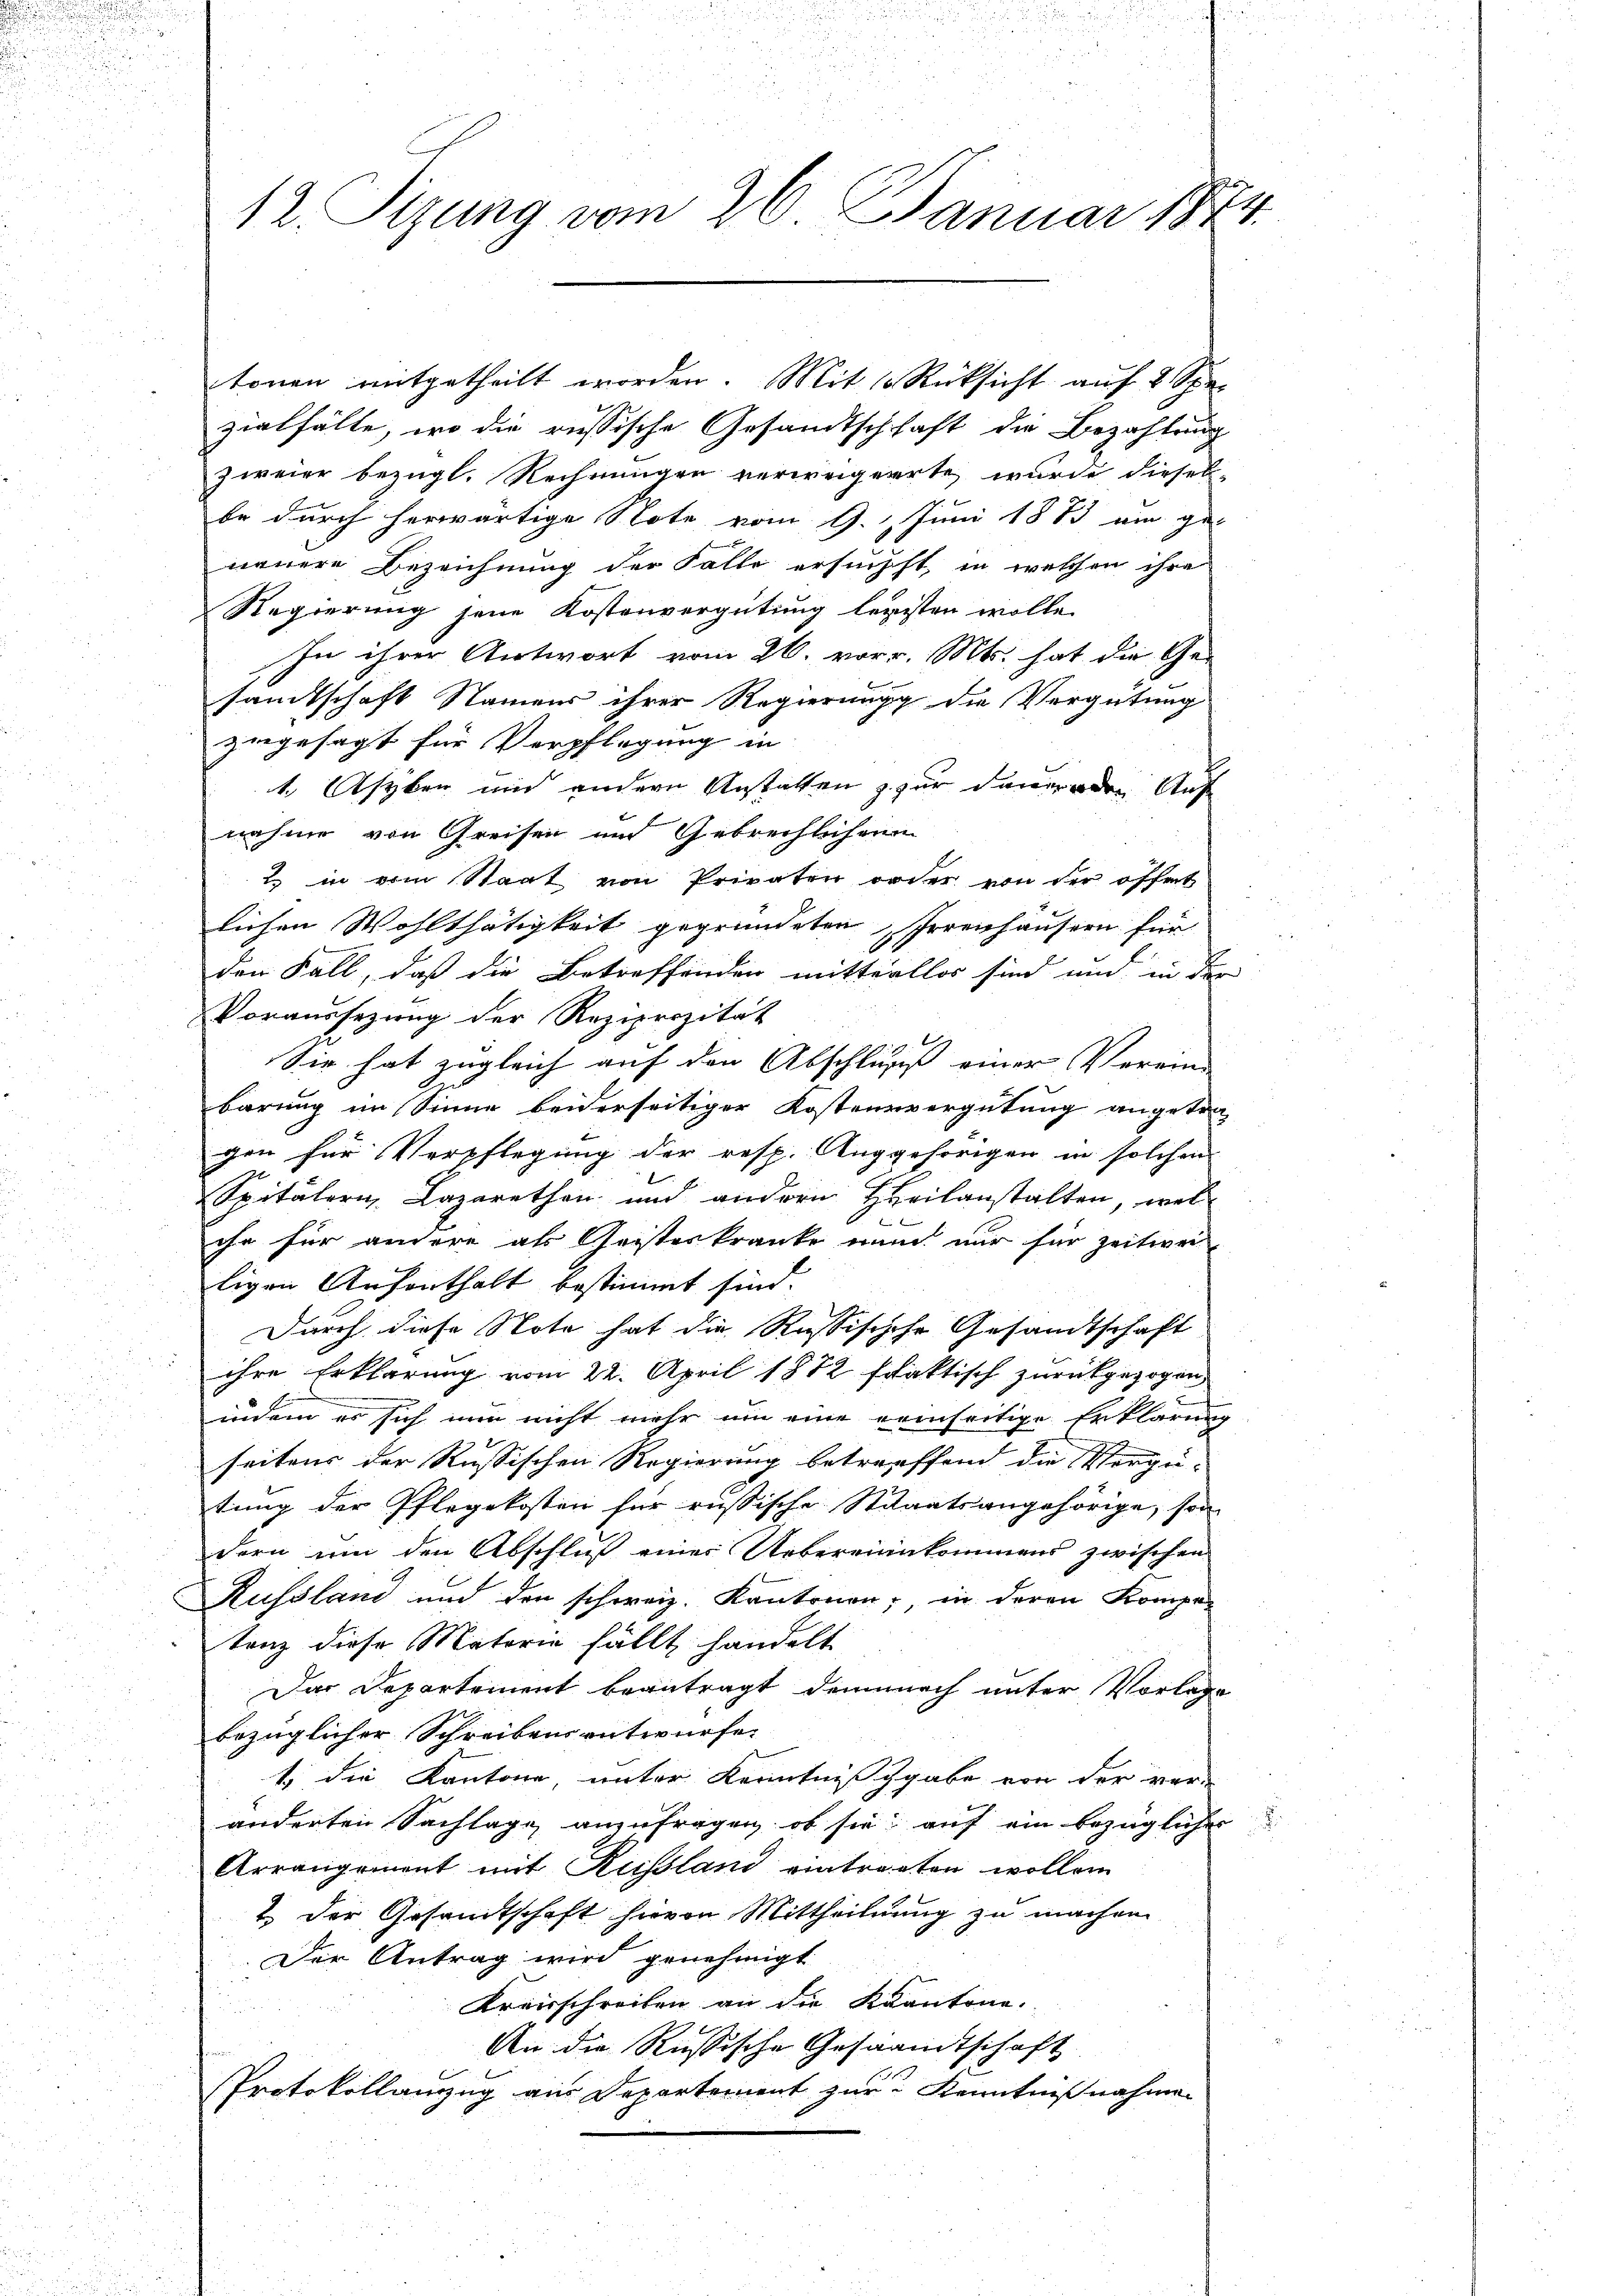
.
12. Sitzung vom 26. Januar 18

zielfälle, wo die russische Gesandtschhaft die Bezahlung
zweier bezügl. Rechnungen verweigerrte, wurde diesel-
be durch herwärtige Note vom 9. Juni 1883 ein ge-
neuere Bezeichnung der Falle ersuchst, in welchen ihre
Regierung jene Kostenvergütung legisten wolle.
In ihrer Antwort vom 26. vor. Mts. hat die Ge-
samtschaft Namens ihrer Regierung die Vergütung
zugesagt für Verpflegung in
1. Asyben und andern Anstattenz zur dauernden Aus
nahme von Greisen und Gebrechlichen
2 in ein Staat von Privaten order von der öffent
lichen Wohlthätigkeit gegründeten Irrenhäusern für
den Fall, daß die Betreffenden mitterllos sind und in die
Voraussezung der Reziprozität
Sie hat zugleich auf den Abschluss einer Verein-
barung im Sinne beiderseitiger Kostenzvergütung angetre
gen für Verpflegung der resp. Auggehörigen in solchen
Spitälern, Lazarethan und andern Heilanstalten, wel
ihr für andere als Geisteskranke nun nur für zeitwei
ligen Aufenthalt bestimmt sind.
Durch diese Note hat die Russischehe Gesandtschaft
ihre Erklärung vom 22. April 1872 ffaktisch zurückgezogen
indem er sich nun nicht mehr um eine reinseitige Erklärung
seitens der Russischen Regierung betreffend die Vergütung der Pflegekosten für russische Staaatsangehörige, son
dern um den Abschluß eines Uebereinkommens zwischen
Russland und den schweiz. Kantonen, in deren Kompe-
tanz diese Matorie fällt handelt
Das Departement beantragt demnach unter Vorlage
bezüglicher Schreibens entwurfe.
1 die Kantone, unter Kenntnißgabe von der ver-
änderten Sachlage anzufragen, ob sie auf ein bezüglicher
Arrangement mit Russland eintragten wollen
2. Der Gesandtschaft hievon Mittheilung zu machen
Der Antrag wird genehmigt
Kreisschreiben an die Kantone.
An die Rußische Gesamtschaft
Protokollanzug aus Departement zur Kenntnißnahmen

tonen mitgetheilt worden. Mit 10 Rüksicht auf 2 Spe¬

.